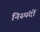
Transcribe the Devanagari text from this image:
निस्पंदों